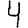
Digit: 4